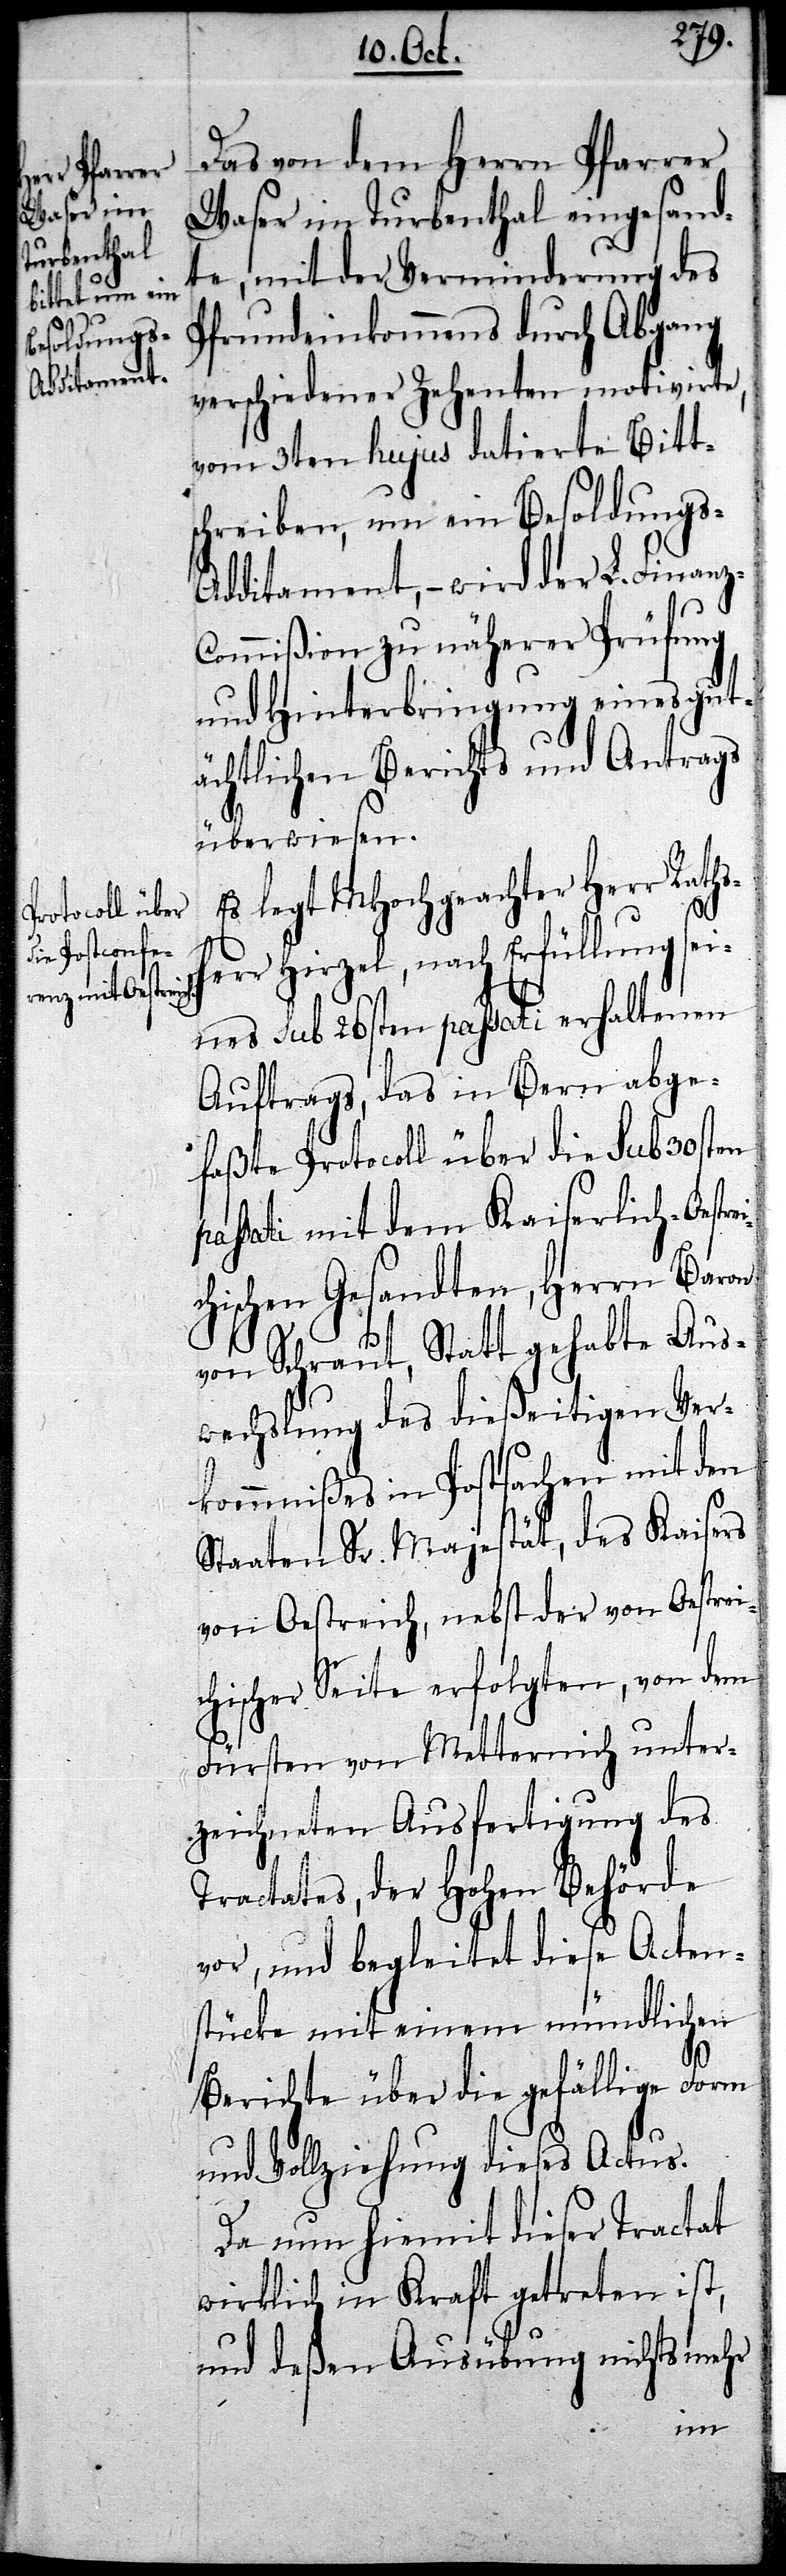
Das von dem Herrn Pfarrer
Waser im Turbenthal eingesand¬
te, mit der Verminderung des
Pfrundeinkommens durch Abgang
verschiedener Zehenten motivirte,
vom 3ten hujus datierte Bitts¬
chreiben, um ein Besoldungs-A¬
dditament, – wird der L. Finanz¬
commißion zu näherer Prüfung
und Hinterbringung eines gut¬
ächtlichen Berichts und Antrags
überwiesen.
legt MHochgeachter Herr Rath¬
sherr Hirzel, nach Erfüllung sei¬
nes sub 26sten passati erhaltenen
Auftrags, das in Bern abge¬
faßte Protocoll über die sub 30sten
passati mit dem Kaiserlich-Oestre¬
hischen Gesandten, Herrn Baron
von Schraut, Statt gehabte Aus¬
wechslung des dießeitigen Ver¬
kommnißes in Postsachen mit den
Staaten Sr. Majestät, des Kaisers
von Oestreich, nebst der von Oestrei¬
chischer Seite erfolgten, von dem
Fürsten von Metternich unter¬
zeichneten Ausfertigung des
Tractates, der Hohen Behörde
vor, und begleitet diese Acten¬
stücke mit einem mündlichen
Berichte über die gefällige Form
und Vollziehung dieses Actus.
Da nun hiemit dieser Tractat
wirklich in Kraft getreten ist,
und deßen Ausübung nichts mehr
ic¬